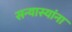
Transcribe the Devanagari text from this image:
सन्यास्यांना